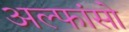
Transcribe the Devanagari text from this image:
अल्फांसो